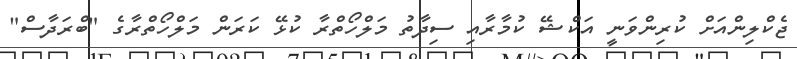
ޖެކްލިންއަށް ކުރިންވަނީ އަކްޝޭ ކުމާރާއި ސިދާތު މަލްހޯތްރާ ކުޅޭ ކަރަން މަލްހޯތްރާގެ "ބްރަދާސް"